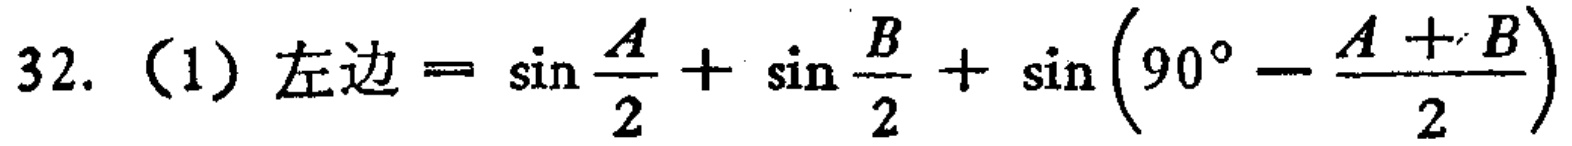
32. （1）左边$=\sin\frac{A}{2}+\sin\frac{B}{2}+\sin\left(90^{\circ}-\frac{A + B}{2}\right)$